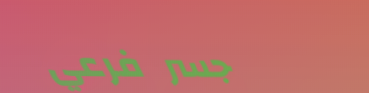
جسر فرعي